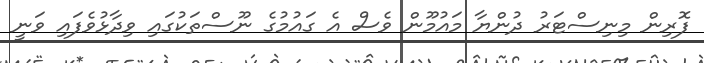
ފޮރިން މިނިސްޓަރު ދުންޔާ މައުމޫން ވެސް އެ ގައުމުގެ ނޫސްތަކުގައި ވިދާޅުވެފައި ވަނީ